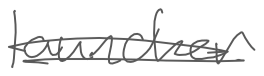
Text: launcher
Cross-out: double-line
Writing tool: digital_gray